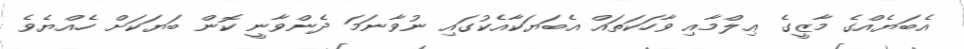
އެބަޔެއްގެ މާޒީގެ ޢިލްމާއި ވާހަކަތައް އެބަޔަކާއެކުގައި ނުވާނަމަ ދެންވާނީ ކޮން ބަޔަކަށް ހެއްޔެވެ